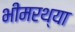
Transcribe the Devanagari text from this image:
भीमरथ्या